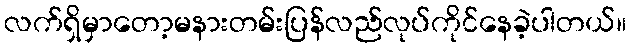
လက်ရှိမှာတော့မနားတမ်းပြန်လည်လုပ်ကိုင်နေခဲ့ပါတယ်။